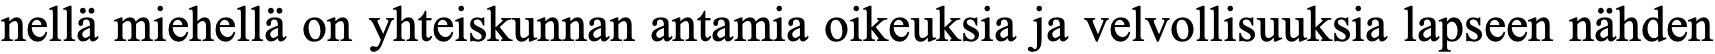
nellä miehellä on yhteiskunnan antamia oikeuksia ja velvollisuuksia lapseen nähden